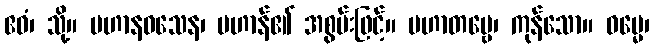
ဧဝံ၊ သို့။ ပဟာနဝသေန၊ ပဟာန်၏ အစွမ်းဖြင့်။ ပဟာတဗ္ဗေ၊ ကုန်သော။ ဓမ္မေ၊